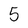
Character: 5